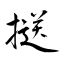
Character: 𢱤